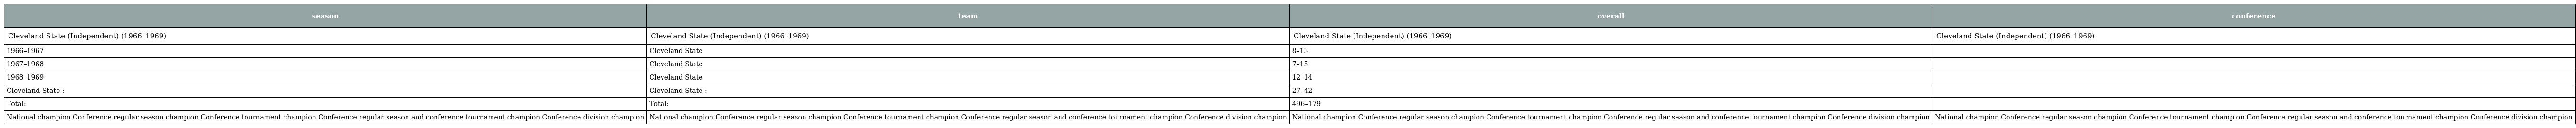
| season | team | overall | conference |
 | --- | --- | --- | --- |
 | Cleveland State (Independent) (1966–1969) | Cleveland State (Independent) (1966–1969) | Cleveland State (Independent) (1966–1969) | Cleveland State (Independent) (1966–1969) |
 | 1966–1967 | Cleveland State | 8–13 |  |
 | 1967–1968 | Cleveland State | 7–15 |  |
 | 1968–1969 | Cleveland State | 12–14 |  |
 | Cleveland State : | Cleveland State : | 27–42 |  |
 | Total: | Total: | 496–179 |  |
 | National champion Conference regular season champion Conference tournament champion Conference regular season and conference tournament champion Conference division champion | National champion Conference regular season champion Conference tournament champion Conference regular season and conference tournament champion Conference division champion | National champion Conference regular season champion Conference tournament champion Conference regular season and conference tournament champion Conference division champion | National champion Conference regular season champion Conference tournament champion Conference regular season and conference tournament champion Conference division champion |